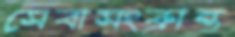
সেবাসংক্রান্ত